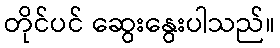
တိုင်ပင် ဆွေးနွေးပါသည်။